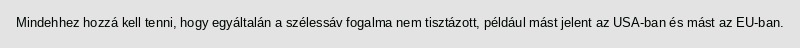
Mindehhez hozzá kell tenni, hogy egyáltalán a szélessáv fogalma nem tisztázott, például mást jelent az USA-ban és mást az EU-ban.